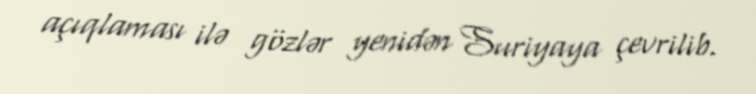
açıqlaması ilə gözlər yenidən Suriyaya çevrilib.